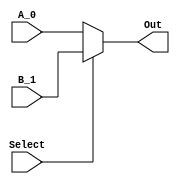
`timescale 1ns / 1ns
//////////////////////////////////////////////////////////////////////////////////
// 
// Design Name:		two/four input mux and DFF
// Module Name:		input2_mux, input4_mux and FFwReset
// Project Name: 	Lab3
// Description:		
// 		Verilog file containing parameterized versions of 2/4 input mux and
// 		DFF with Reset 
//
// Revision: 
// Revision 0.01 - File Created
// Additional Comments: 
//
//////////////////////////////////////////////////////////////////////////////////
module input2_mux(A_0, B_1, Select, Out);
parameter SIZE = 32;
input [SIZE-1:0] A_0, B_1;
input Select;
output [SIZE-1:0] Out;

// Select = 0: Out = A_0
// Select = 1: Out = B_1
assign Out = (Select) ? B_1 : A_0;

endmodule

module input5_mux(A_0, B_1, Select, Out);
parameter SIZE = 5;
input [SIZE-1:0] A_0, B_1;
input Select;
output [SIZE-1:0] Out;

// Select = 0: Out = A_0
// Select = 1: Out = B_1
assign Out = (Select) ? B_1 : A_0;

endmodule


module input4_mux(A_0, B_1, C_2, D_3, Select, Out);
parameter SIZE = 32;
input [SIZE-1:0] A_0, B_1, C_2, D_3;
input [1:0] Select;
output [SIZE-1:0] Out;
reg [SIZE-1:0] Out;

// Select = 0: Out = A_0
// Select = 1: Out = B_1
// Select = 2: Out = C_2
// Select = 3: Out = D_3
always @(A_0 or B_1 or C_2 or D_3 or Select)
begin
	case (Select)
		0 : Out = A_0;
		1 : Out = B_1;
		2 : Out = C_2;
		3 : Out = D_3;
		default : Out = 'bx;
	endcase
end

endmodule




module FFwReset_en(In, Out, clk, reset, write_enable);
parameter SIZE = 32;
input [SIZE-1:0] In;
output [SIZE-1:0] Out;
reg [SIZE-1:0] Out;
input clk, reset, write_enable;

always @(posedge clk)
begin
	if (reset)
		Out <= 0;	// Clear output on reset
	else
	begin
		if (write_enable)
			Out <= In;	// Latch the input on clk
		else
			Out <= Out;
	end
end
endmodule